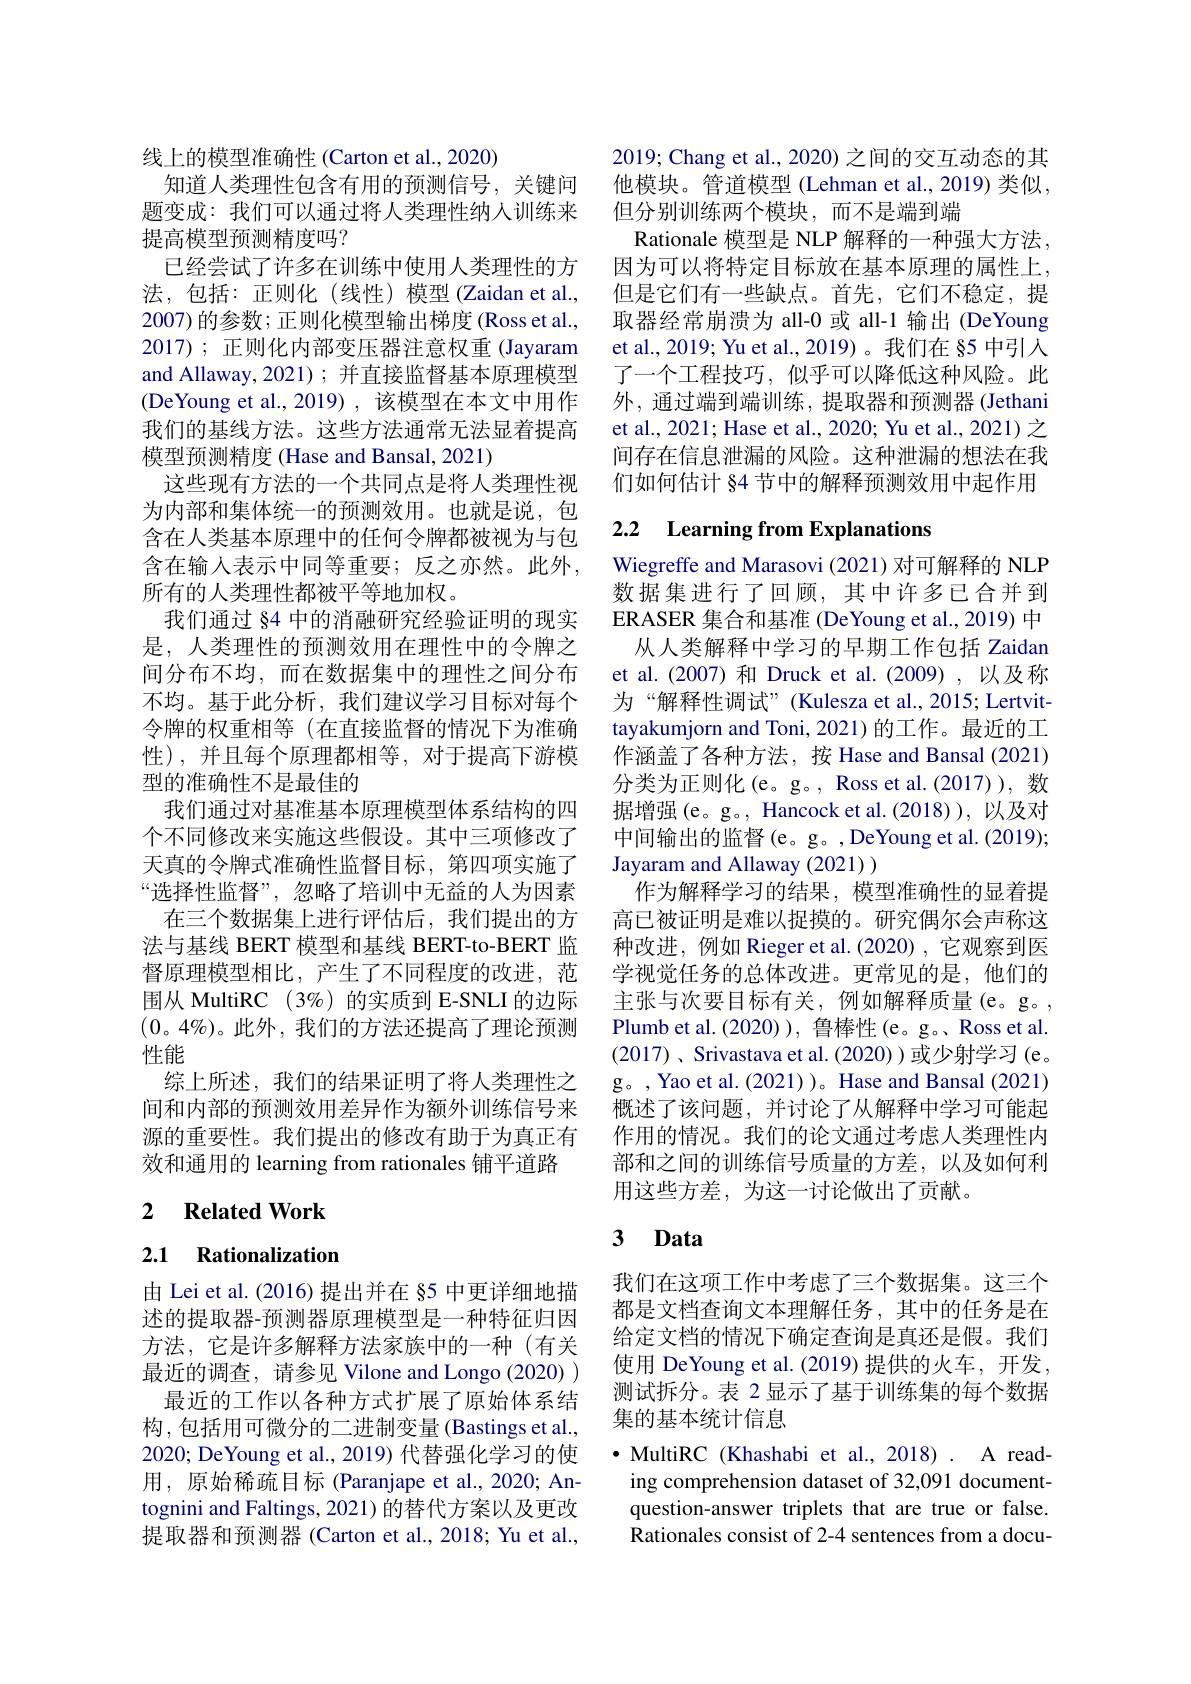
线上的模型准确性(Carton et al., 2020)
知道人类理性包含有用的预测信号，关键问题变成：我们可以通过将人类理性纳人训练来提高模型预测精度吗？
已经尝试了许多在训练中使用人类理性的方法，包括：正则化(线性)模型(Zaidan et al., 2007)的参数；正则化模型输出梯度 (Ross et al., 2017); 正则化内部变压器注意权重 (Jayaram and Allaway,2021); 并直接监督基本原理模型(DeYoung et al.,2019),该模型在本文中用作我们的基线方法。这些方法通常无法显着提高模型预测精度 (Hase and Bansal, 2021)
这些现有方法的一个共同点是将人类理性视为内部和集体统一的预测效用。也就是说，包含在人类基本原理中的任何令牌都被视为与包含在输入表示中同等重要；反之亦然。此外， 所有的人类理性都被平等地加权。
我们通过 §4 中的消融研究经验证明的现实是，人类理性的预测效用在理性中的令牌之间分布不均，而在数据集中的理性之间分布不均。基于此分析，我们建议学习目标对每个令牌的权重相等 (在直接监督的情况下为准确性),并且每个原理都相等，对于提高下游模型的准确性不是最佳的
我们通过对基准基本原理模型体系结构的四个不同修改来实施这些假设。其中三项修改了天真的令牌式准确性监督目标，第四项实施了“选择性监督”, 忽略了培训中无益的人为因素
在三个数据集上进行评估后，我们提出的方法与基线 BERT 模型和基线 BERT-to-BERT 监督原理模型相比，产生了不同程度的改进，范围从 MultiRC (3%) 的实质到 E-SNLI 的边际(0。4%)。此外，我们的方法还提高了理论预测性能
综上所述，我们的结果证明了将人类理性之间和内部的预测效用差异作为额外训练信号来源的重要性。我们提出的修改有助于为真正有效和通用的 learning from rationales 铺平道路

## 2 $\textbf{Related Work}$

# 2.1 Rationalization

由 Lei et al. (2016) 提出并在 §5 中更详细地描述的提取器-预测器原理模型是一种特征归因方法，它是许多解释方法家族中的一种(有关最近的调查，请参见 Vilone and Longo (2020) ) 最近的工作以各种方式扩展了原始体系结构，包括用可微分的二进制变量(Bastings et al., 2020; DeYoung et al., 2019) 代替强化学习的使用，原始稀疏目标(Paranjape et al.,2020; Antognini and Faltings, 2021) 的替代方案以及更改提取器和预测器 (Carton et al., 2018; Yu et al.,

2019; Chang et al., 2020) 之间的交互动态的其他模块。管道模型 (Lehman et al., 2019) 类似， 但分别训练两个模块，而不是端到端
Rationale 模型是 NLP 解释的一种强大方法， 因为可以将特定目标放在基本原理的属性上， 但是它们有一些缺点。首先，它们不稳定，提取器经常崩溃为 all-0 或 all-1 输出 (DeYoung et al., 2019; Yu et al., 2019) 。我们在 §5 中引入了一个工程技巧，似乎可以降低这种风险。此外，通过端到端训练，提取器和预测器(Jethani et al., 2021; Hase et al., 2020; Yu et al., 2021) 之间存在信息泄漏的风险。这种泄漏的想法在我们如何估计 §4 节中的解释预测效用中起作用

## 2.2 Learning from Explanations

Wiegreffe and Marasovi (2021) 对可解释的 NLP 数据集进行了回顾，其中许多已合并到ERASER 集合和基准 (DeYoung et al., 2019) 中
从人类解释中学习的早期工作包括 Zaidan et al.(2007) 和 Druck et al.(2009),以及称为“解释性调试”(Kulesza et al., 2015; Lertvittayakumjorn and Toni, 2021) 的工作。最近的工作涵盖了各种方法，按 Hase and Bansal (2021) 分类为正则化(e。g。, Ross et al.(2017)), 数据增强(e。g。, Hancock et al.(2018) ), 以及对中间输出的监督(e。g。,DeYoung et al. (2019); Jayaram and Allaway (2021) )
作为解释学习的结果，模型准确性的显着提高已被证明是难以捉摸的。研究偶尔会声称这种改进，例如 Rieger et al.(2020), 它观察到医学视觉任务的总体改进。更常见的是，他们的主张与次要目标有关，例如解释质量(e。g。, Plumb et al. (2020) ), 鲁棒性 (e。g。Ross et al. (2017) $、$Srivastava et al. (2020) )或少射学习(e。g。,Yao et al.(2021))。Hase and Bansal (2021) 概述了该问题，并讨论了从解释中学习可能起作用的情况。我们的论文通过考虑人类理性内部和之间的训练信号质量的方差，以及如何利用这些方差，为这一讨论做出了贡献。

# 3 Data

我们在这项工作中考虑了三个数据集。这三个都是文档查询文本理解任务，其中的任务是在给定文档的情况下确定查询是真还是假。我们使用 DeYoung et al.(2019) 提供的火车，开发。测试拆分。表 2 显示了基于训练集的每个数据集的基本统计信息

·MultiRC (Khashabi et al.,2018). A read-
ing comprehension dataset of 32,091 documentquestion-answer triplets that are true or false. Rationales consist of 2-4 sentences from a docu-